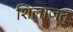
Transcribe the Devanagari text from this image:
शिलाजतु